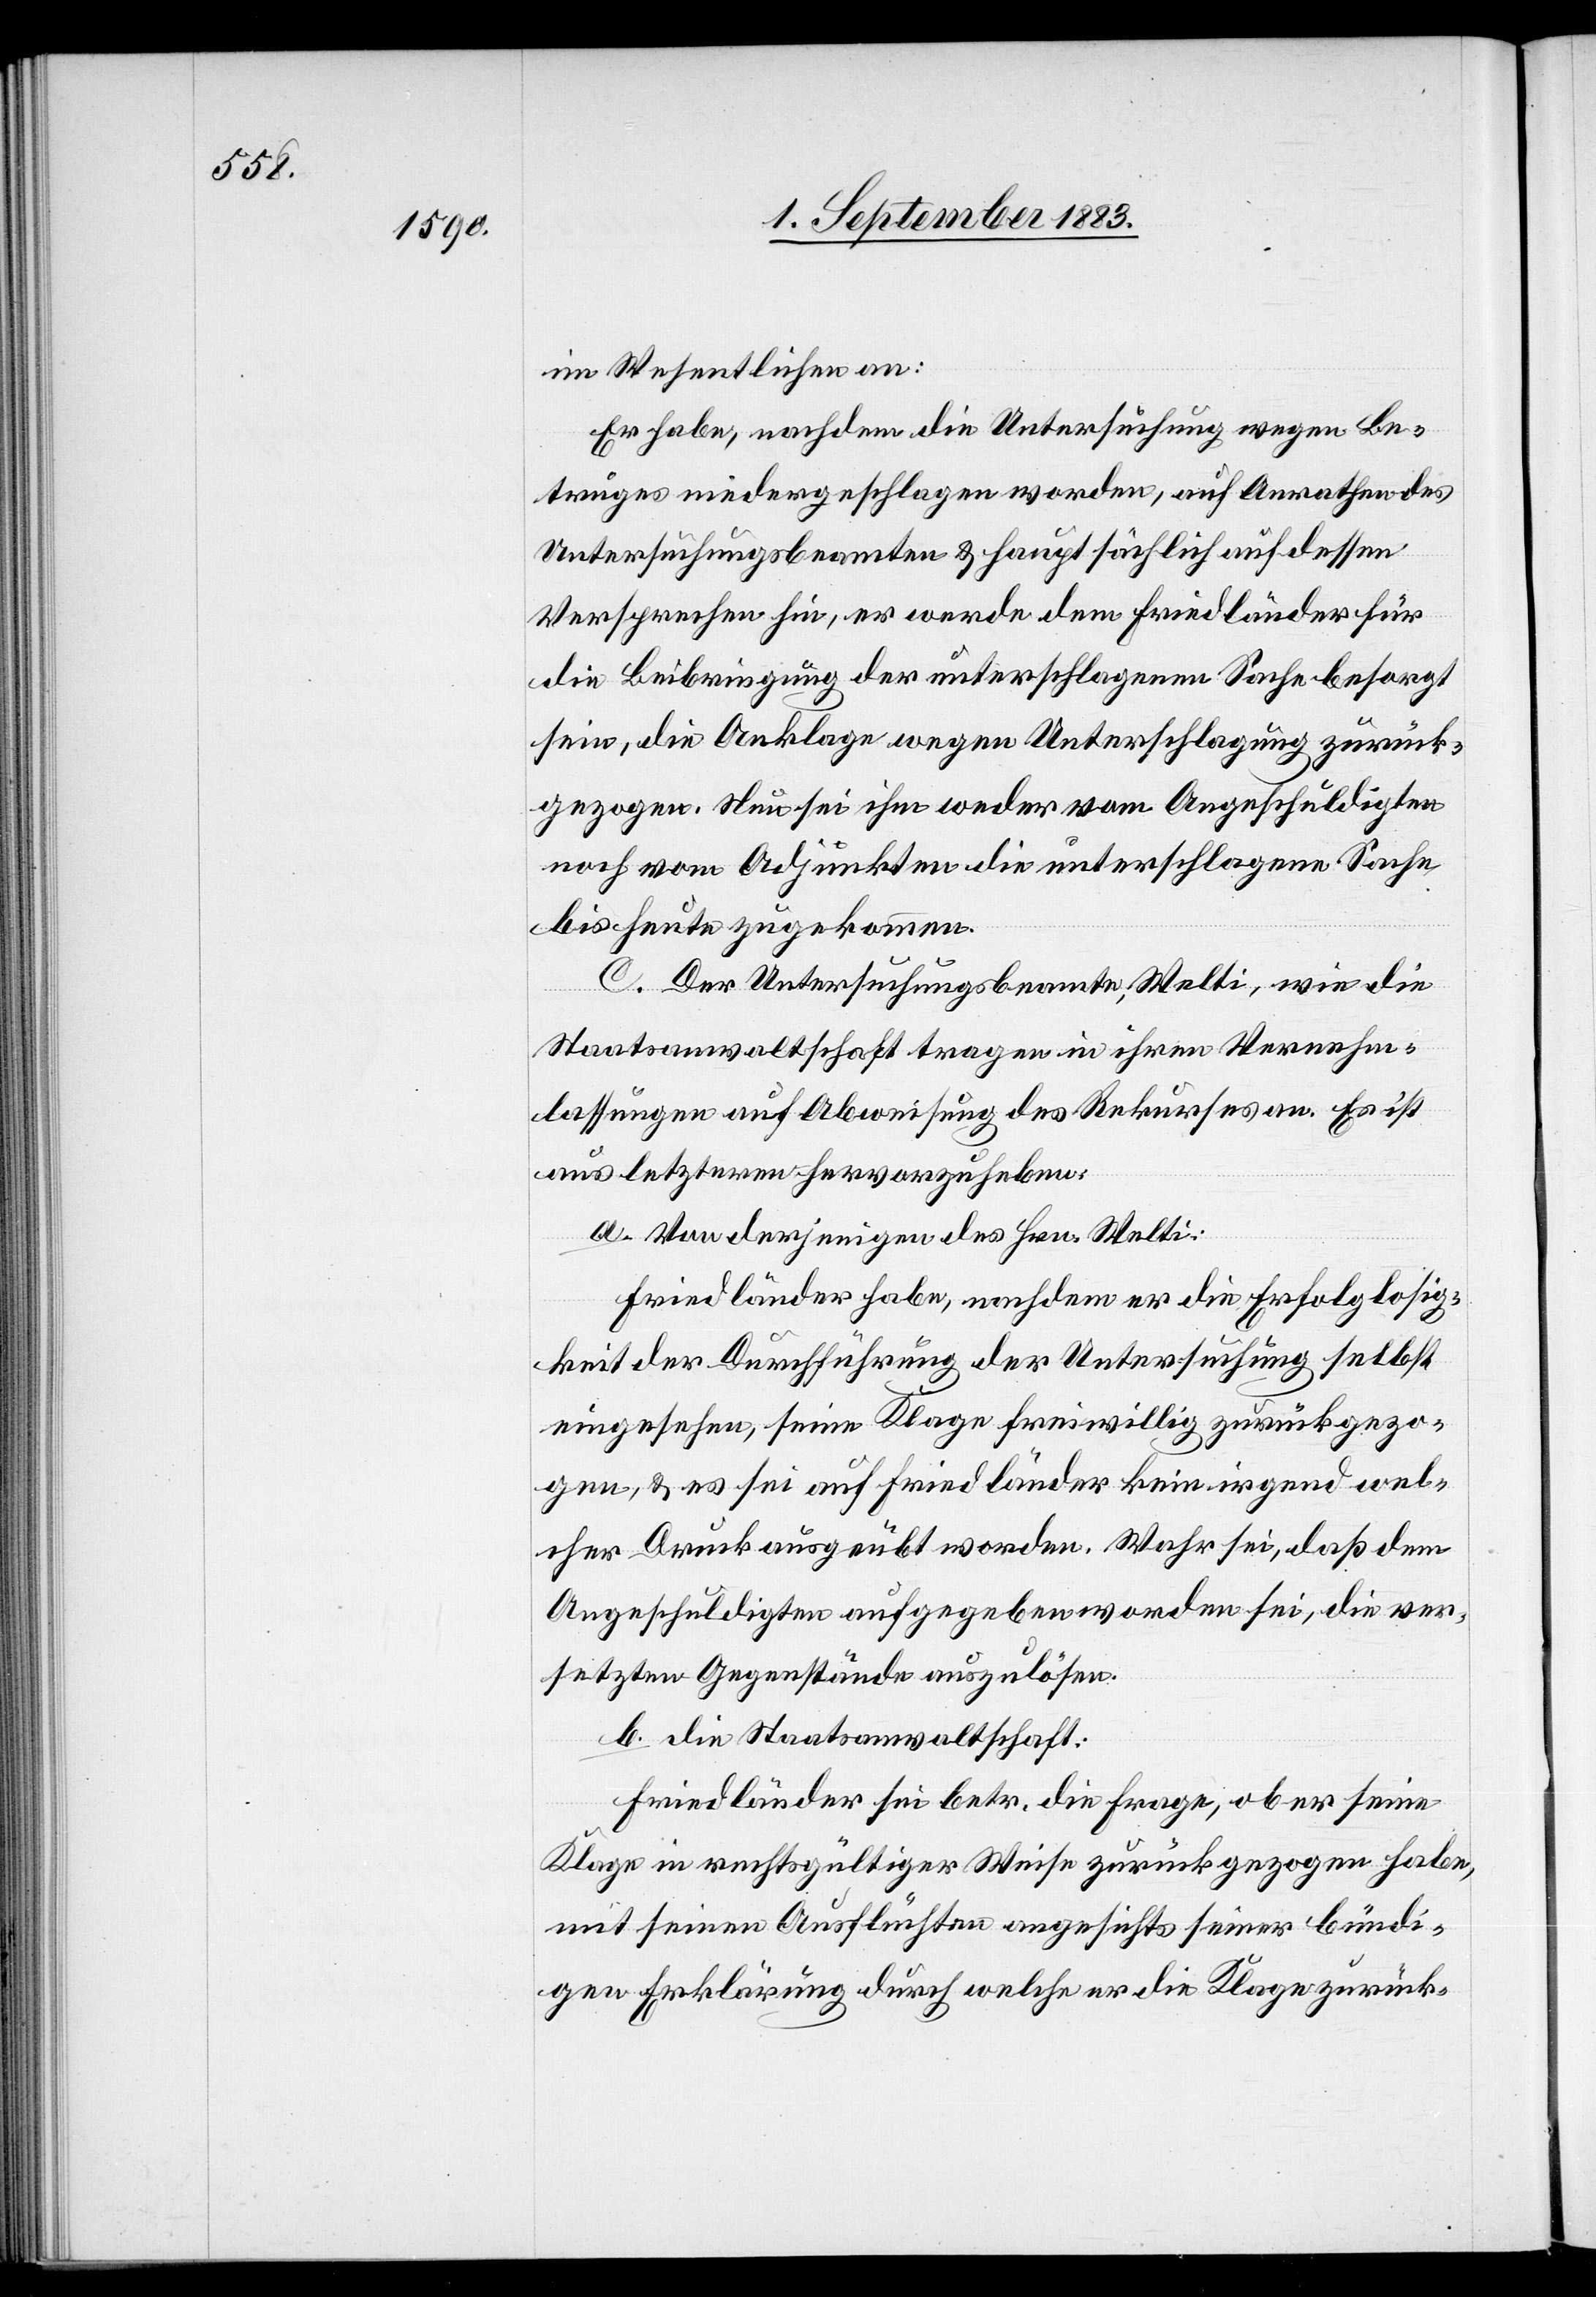
im Wesentlichen an:
Es habe, nachdem die Untersuchung wegen Be¬
truges niedergeschlagen worden, auf Anrathen des
Untersuchungsbeamten & hauptsächlich auf dessen
Versprechen hin, er werde dem Friedländer für
die Beibringung der unterschlagenen Sache besorgt
sein, die Anklage wegen Unterschlagung zurück¬
gezogen. nun sei ihm weder vom Angeschuldigten
noch vom Adjunkten die unterschlagene Sache
bis heute zugekommen.
C. Der Untersuchungsbeamte Welti, wie die
Staatsanwaltschaft tragen in ihren Vernehm¬
lassungen auf Abweisung des Rekurses an. Es ist
aus letzteren hervorzuheben:
a. Von derjenigen des Hrn. Welti:
Friedländer habe, nachdem er die Erfolglosig¬
keit der Durchführung der Untersuchung selbst
eingesehen, seine Klage freiwillig zurückgezo¬
gen, & es sei auf Friedländer kein irgend wel¬
cher Druck ausgeübt worden. Wahr sei, daß dem
Angeschuldigten aufgegeben worden sei, die ver¬
setzten Gegenstände auszulösen.
b. die Staatsanwaltschaft:
Friedländer sei betr. die Frage, ob er seine
Klage in rechtsgültiger Weise zurückgezogen habe,
mit seinen Ausflüchten angesichts seiner bündi¬
gen Erklärung durch welche er die Klage zurück-